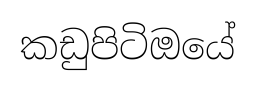
කඩුපිටිඔයේ